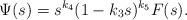
LaTeX: \begin{align*}\Psi(s)=s^{k_4}(1-k_3s)^{k_5}F(s).\end{align*}